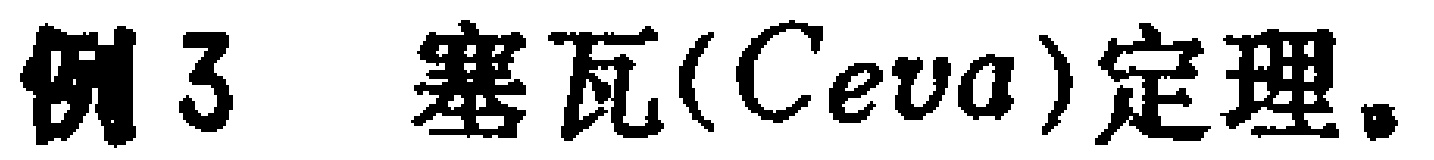
例3 塞瓦(Ceva)定理。